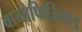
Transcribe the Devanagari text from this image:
वायोफिज़िक्स